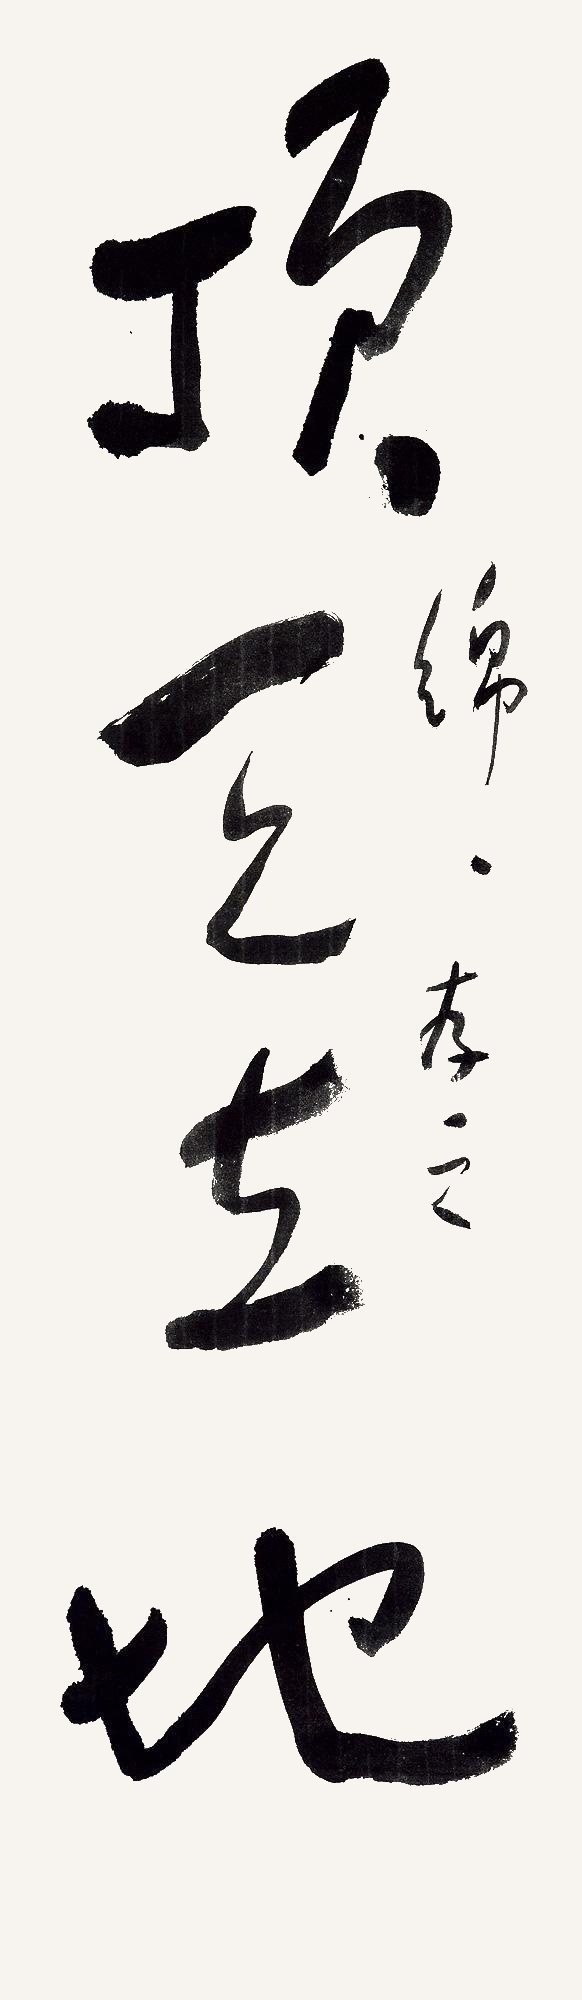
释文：顶天立地。绵绵存之。